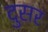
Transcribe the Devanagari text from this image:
दुसर